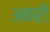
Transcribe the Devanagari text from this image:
अकरी